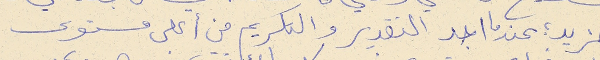
المزيد ؛ عندما اجد التقدير والتكريم من أعلى مستوى